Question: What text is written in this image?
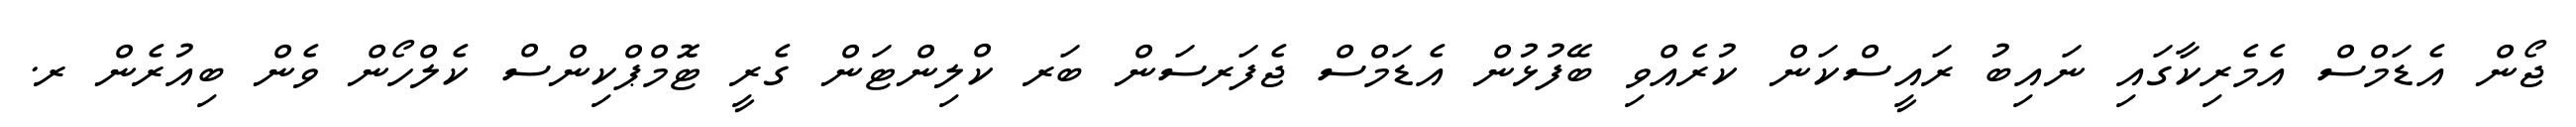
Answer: ޖޯން އެޑަމްސް އެމެރިކާގައި ނައިބު ރައީސްކަން ކުރެއްވި ބޭފުޅުން އެޑަމްސް ޖެފަރސަން ބަރ ކްލިންޓަން ގެރީ ޓޮމްޕްކިންސް ކެލްހޯން ވެން ބިއުރެން ރ.